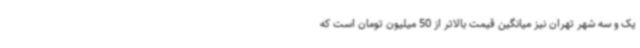
یک و سه شهر تهران نیز میانگین قیمت بالاتر از 50 میلیون تومان است که